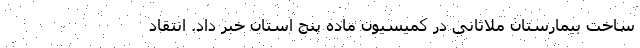
ساخت بیمارستان ملاثانی در کمیسیون ماده پنج استان خبر داد. انتقاد